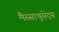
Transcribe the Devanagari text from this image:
मैस्साचुसेट्स